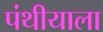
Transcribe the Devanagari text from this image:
पंथीयाला